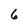
Character: 6